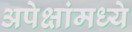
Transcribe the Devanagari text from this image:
अपेक्षांमध्ये